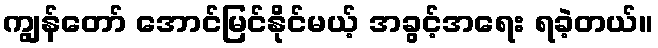
ကျွန်တော် အောင်မြင်နိုင်မယ့် အခွင့်အရေး ရခဲ့တယ်။